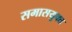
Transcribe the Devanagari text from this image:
समासयुक्त